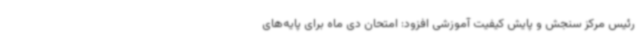
رئیس مرکز سنجش و پایش کیفیت آموزشی افزود: امتحان دی ماه برای پایه‌های